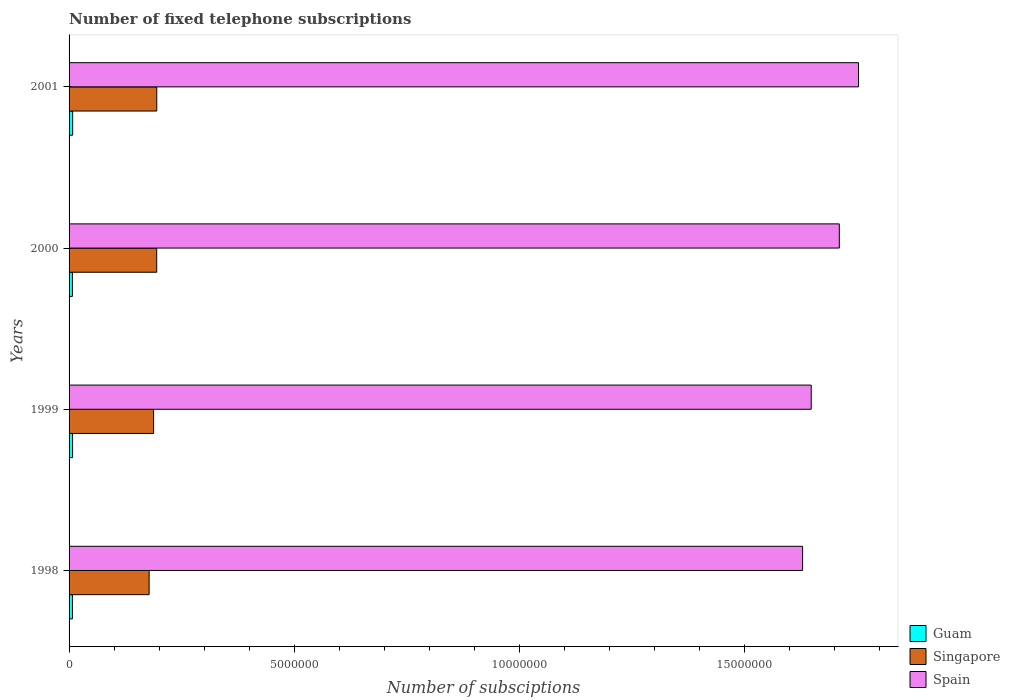
| Years | Guam | Singapore | Spain |
 | --- | --- | --- | --- |
 | 1998 | 7.51e+04 | 1.78e+06 | 1.63e+07 |
 | 1999 | 7.76e+04 | 1.88e+06 | 1.65e+07 |
 | 2000 | 7.44e+04 | 1.95e+06 | 1.71e+07 |
 | 2001 | 8e+04 | 1.95e+06 | 1.75e+07 |